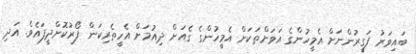
ބައިވަރު ފަގީރުންނަށް އެމީހުންގެ އަވަށްތަކަށް އެމީހުންގެ ގެއަށް ދިއުމަށް އެހީތެރިކަން ފޯރުކޮށްދީފައެވެ. އަދި